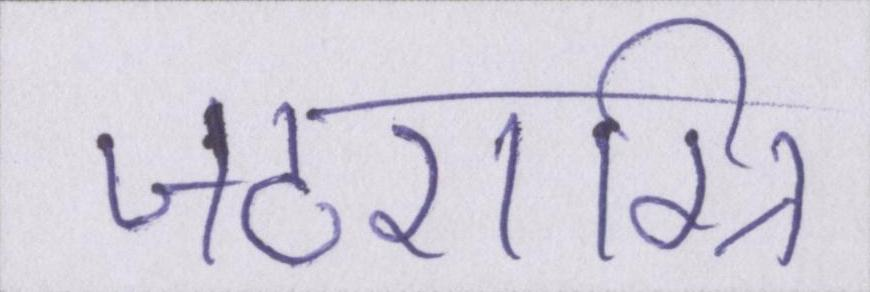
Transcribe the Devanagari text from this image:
जठराग्नि